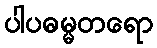
ပါပဓမ္မတရော